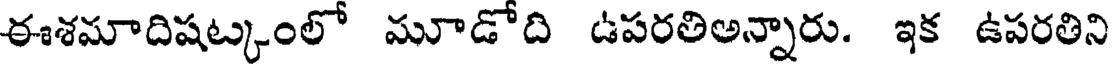
ఈశమాదిషట్కంలో మూడోది ఉపరతిఅన్నారు. ఇక ఉపరతిని